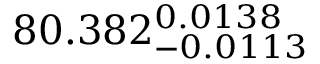
8 0 . 3 8 2 _ { - 0 . 0 1 1 3 } ^ { 0 . 0 1 3 8 }